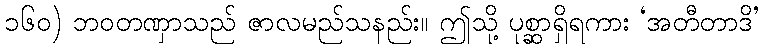
၁၆၀) ဘဝတဏှာသည် ဇာလမည်သနည်း။ ဤသို့ ပုစ္ဆာရှိရကား ‘အတီတာဒိ’